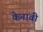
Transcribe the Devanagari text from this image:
केनावी